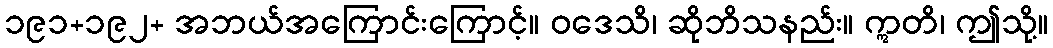
၁၉၁+၁၉၂+ အဘယ်အကြောင်းကြောင့်။ ဝဒေသိ၊ ဆိုဘိသနည်း။ ဣတိ၊ ဤသို့။